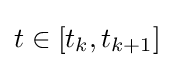
t\in \lbrack t_{k},t_{k+1}]